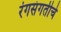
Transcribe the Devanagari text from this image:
रंगसंगतीचे